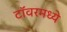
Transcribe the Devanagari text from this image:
टॉवरमध्ये